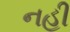
નહી